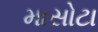
માસોટા